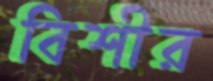
বিশীর